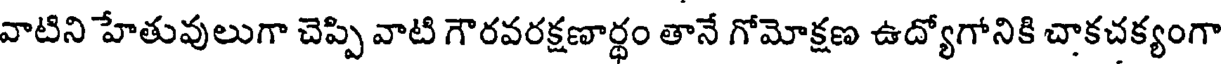
వాటిని హేతువులుగా చెప్పి వాటి గౌరవరక్షణార్ధం తానే గోమోక్షణ ఉద్యోగోనికి చాకచక్యంగా